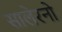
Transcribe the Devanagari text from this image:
सालेरनो